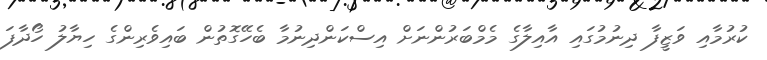
ކުރުމާއި ވަޒީފާ ދިނުމުގައި އާއިލާގެ މެމްބަރުންނަށް އިސްކަންދިނުމާ ބެހޭގޮތުން ބައިވެރިންގެ ހިޔާލު ހޯދާފަ